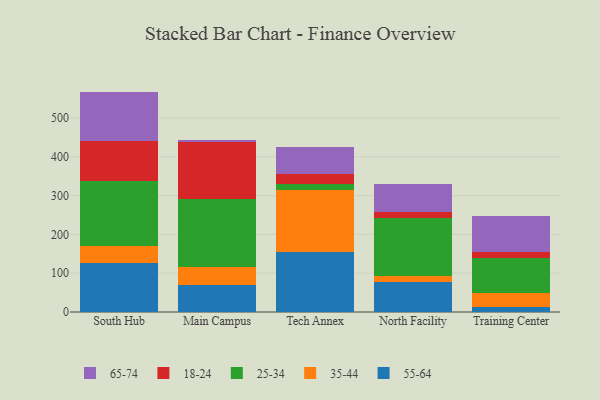
{"axis": {"x": "Campus", "y": "Revenue (USD Million)"}, "legend": ["18-24", "25-34", "35-44", "55-64", "65-74"], "data": [{"x": "South Hub", "y": 126.3, "type": "55-64"}, {"x": "South Hub", "y": 44.9, "type": "35-44"}, {"x": "South Hub", "y": 166.2, "type": "25-34"}, {"x": "South Hub", "y": 104.1, "type": "18-24"}, {"x": "South Hub", "y": 126.6, "type": "65-74"}, {"x": "Main Campus", "y": 70.4, "type": "55-64"}, {"x": "Main Campus", "y": 44.6, "type": "35-44"}, {"x": "Main Campus", "y": 177.4, "type": "25-34"}, {"x": "Main Campus", "y": 144.6, "type": "18-24"}, {"x": "Main Campus", "y": 7.3, "type": "65-74"}, {"x": "Tech Annex", "y": 155.0, "type": "55-64"}, {"x": "Tech Annex", "y": 159.4, "type": "35-44"}, {"x": "Tech Annex", "y": 15.7, "type": "25-34"}, {"x": "Tech Annex", "y": 24.6, "type": "18-24"}, {"x": "Tech Annex", "y": 70.6, "type": "65-74"}, {"x": "North Facility", "y": 76.3, "type": "55-64"}, {"x": "North Facility", "y": 16.3, "type": "35-44"}, {"x": "North Facility", "y": 149.2, "type": "25-34"}, {"x": "North Facility", "y": 15.8, "type": "18-24"}, {"x": "North Facility", "y": 71.4, "type": "65-74"}, {"x": "Training Center", "y": 13.8, "type": "55-64"}, {"x": "Training Center", "y": 35.7, "type": "35-44"}, {"x": "Training Center", "y": 89.4, "type": "25-34"}, {"x": "Training Center", "y": 14.5, "type": "18-24"}, {"x": "Training Center", "y": 93.9, "type": "65-74"}]}